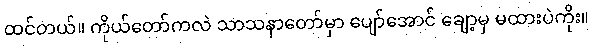
ထင်တယ်။ ကိုယ်တော်ကလဲ သာသနာတော်မှာ ပျော်အောင် ချော့မှ မထားပဲကိုး။